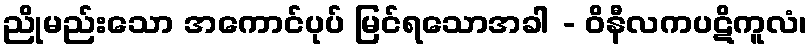
ညိုမည်းသော အကောင်ပုပ် မြင်ရသောအခါ - ဝိနီလကပဋိကူလံ၊